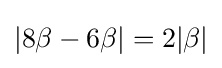
|8\beta -6\beta |=2|\beta |